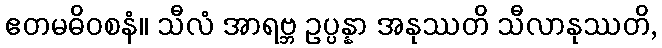
ဧတမဓိဝစနံ။ သီလံ အာရဗ္ဘ ဥပ္ပန္နာ အနုဿတိ သီလာနုဿတိ,